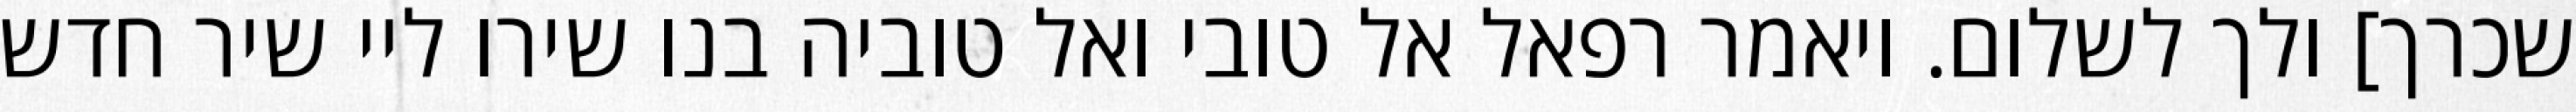
שכרך] ולך לשלום. ויאמר רפאל אל טובי ואל טוביה בנו שירו ליי שיר חדש